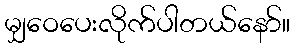
မျှဝေပေးလိုက်ပါတယ်နော်။